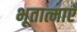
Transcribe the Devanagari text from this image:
भूतात्माएँ